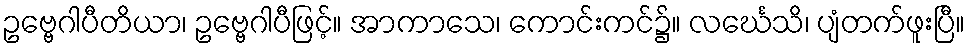
ဥဗ္ဗေဂါပီတိယာ၊ ဥဗ္ဗေဂါပီဖြင့်။ အာကာသေ၊ ကောင်းကင်၌။ လင်္ဃေသိ၊ ပျံတက်ဖူးပြီ။